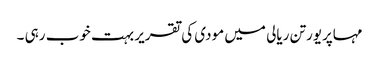
مہاپریورتن ریالی میں مودی کی تقریر بہت خوب رہی ۔